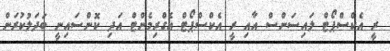
ރީ އެކްސްޕޯޓް ލައިސަންސް އާއި ރީ އެކްސްޕޯޓް އެގްރިމެންޓް އަދި ކޮންސައިނީ ބަދަލުކުރަން